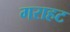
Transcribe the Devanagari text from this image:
गराहट